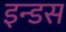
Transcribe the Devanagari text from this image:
इन्‍डस